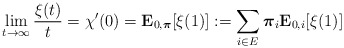
\begin{align*}\lim_{t\to\infty}\frac{\xi(t)}{t} = \chi'(0)={\bf E}_{0,{\boldsymbol\pi}}[\xi(1)]: = \sum_{i\in E}{\boldsymbol \pi}_i {\bf E}_{0,i}[\xi(1)]\end{align*}